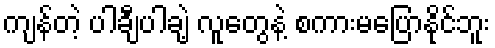
ကျန်တဲ့ ပါချီပါချဲ့ လူတွေနဲ့ စကားမပြောနိုင်ဘူး